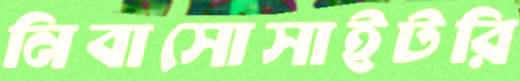
নিবাসোসাইটরি